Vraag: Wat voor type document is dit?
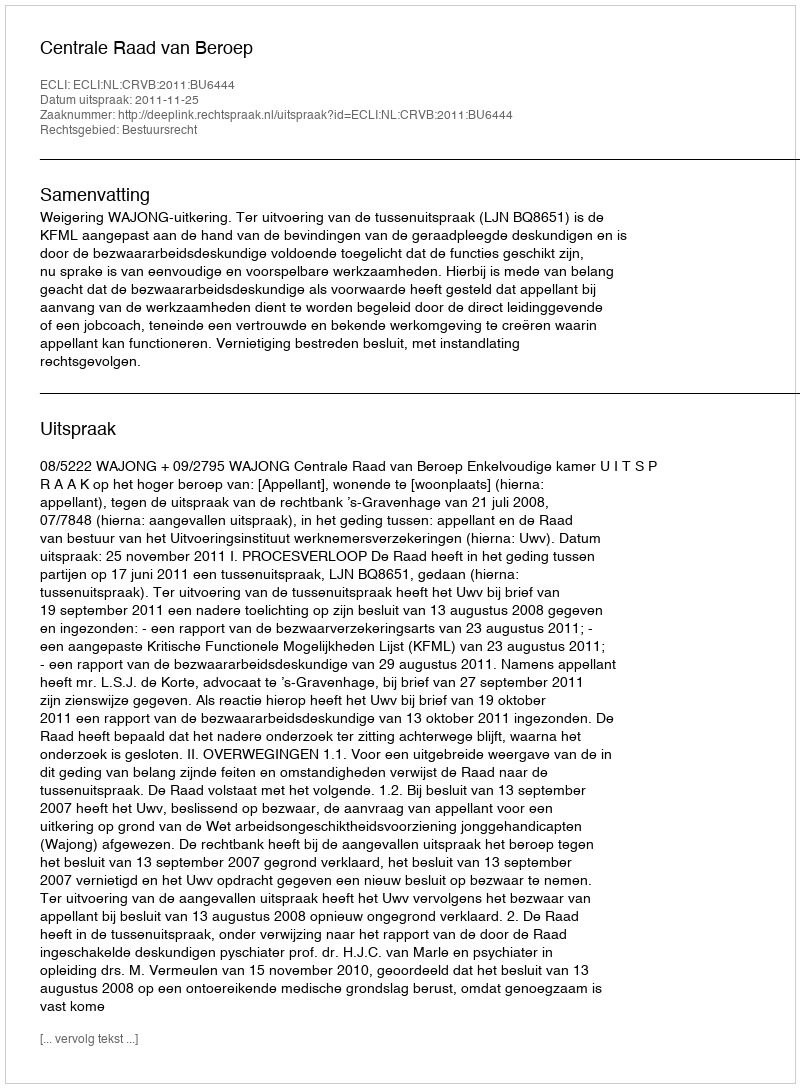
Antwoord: Uitspraak